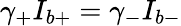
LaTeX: \gamma_{+}I_{b+}=\gamma_{-}I_{b-}